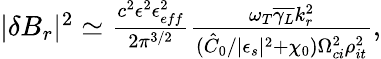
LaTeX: \begin{array}{r}{\lvert\delta B_{r}\rvert^{2}\simeq\frac{c^{2}\epsilon^{2}\epsilon_{eff}^{2}}{2\pi^{3/2}}\frac{\omega_{T}\overline{{\gamma_{L}}}k_{r}^{2}}{(\hat{C}_{0}/\lvert\epsilon_{s}\rvert^{2}+\chi_{0})\Omega_{ci}^{2}\rho_{it}^{2}},}\end{array}